Lunatic asylums Punjab 1881-1894 - 1881-1894
Year: 1881
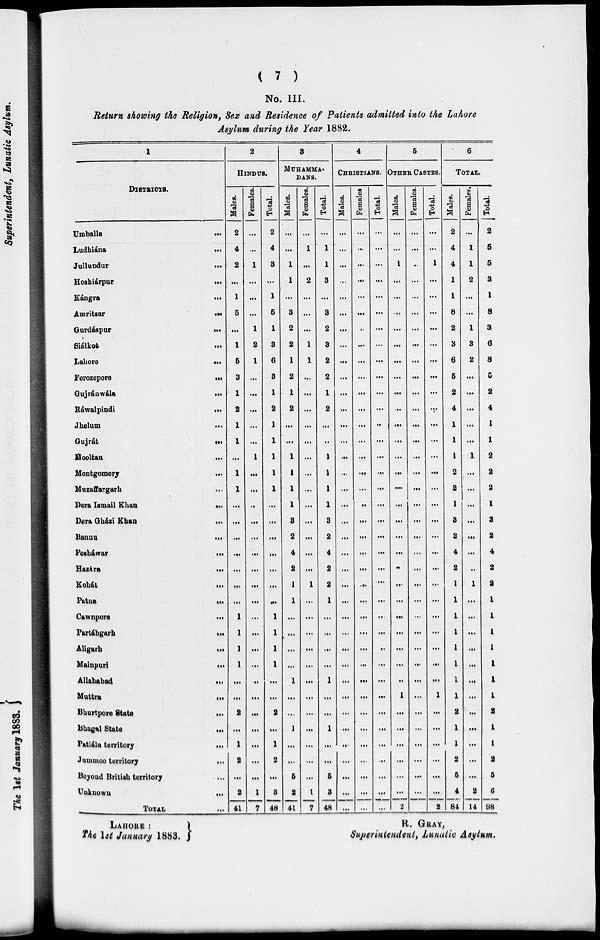
( 7 )
No. III.
Return showing the Religion, Sex and Residence of Patients admitted into the Lahore
Asylum during the Year 1882.
1
DISTRICTS.
Umballa ...
Ludhiána...
Jullundur...
Hoshiárpur...
Kángra...
Amritsar...
Gurdáspur...
Siálkot...
Lahore...
Ferozepore
...
Gujránwala...
Ráwalpindi...
Jhelum ...
Gujrát
...
Mooltan
...
Montgomery...
Muzaffargarh ...
Dera Ismail Khan
...
Dera Gházi Khan
...
Banna
...
Pesháwar...
Hazára
...
Kohát...
Patna
...
Cawnpore
...
Partábgarh...
Aligarh
...
Mainpuri...
Allahabad...
Muttra...
Bhurtpore
State...
Bhagal State ...
Patiála territory ...
Jummoo territory
...
Beyond British territory ...
Unknown ...
_
TOTAL ...
2
HINDUS.
Males.
2
4
2
...
1
5
...
1
6
3
1
2
1
1
...
1
1
...
...
...
...
...
...
...
1
1
1
1
...
...
2
...
1
2
...
2
41
Females.
...
...
1
...
...
...
1
2
1
...
...
...
...
...
1
...
...
..
...
...
...
...
...
...
...
...
...
...
...
...
...
...
...
...
...
1
7
Total.
2
4
3
...
1
5
1
8
6
3
1
2
1
1
1
1
1
...
...
...
...
...
...
...
1
1
1
1
...
...
2
...
1
2
...
3
48
3
MUHAMMA-
DANS.
Males.
...
...
1
1
...
8
2
2
1
2
1
2
...
...
1
1
1
1
8
2
4
2
1
1
...
...
...
...
1
...
...
1
...
...
5
2
41
Females.
...
1
...
2
...
...
...
1
1
...
...
...
...
...
...
...
...
...
...
...
...
...
1
...
...
...
...
...
...
...
...
...
...
...
...
1
7
Total.
...
1
1
3
...
8
2
3
2
2
1
2
...
...
1
1
1
1
8
2
4
2
2
1
...
...
...
...
1
...
...
1
...
...
5
3
48
4
CHRISTIANS.
Males.
...
...
...
...
...
...
...
...
...
...
...
...
...
...
...
...
...
...
...
...
...
...
...
...
...
...
...
...
...
...
...
...
...
...
...
...
...
Females
...
...
...
...
...
...
...
...
...
...
...
...
...
...
...
...
...
...
...
...
...
...
...
...
...
...
...
...
...
...
...
...
...
...
...
...
...
Total.
...
...
...
...
...
...
...
...
...
...
...
...
...
...
...
...
...
...
...
...
...
...
...
...
...
...
..
...
...
...
...
...
...
...
...
...
...
5
OTHER CASTES.
Males.
...
...
1
...
...
...
...
...
...
...
...
...
...
...
...
...
...
...
...
...
...
...
...
...
...
...
...
...
..
1
...
...
...
...
...
...
2
Females.
...
...
..
...
...
...
...
...
...
...
...
...
...
...
...
...
...
...
...
...
...
...
...
...
...
...
...
...
...
...
...
...
...
...
...
...
Total.
...
...
1
...
...
...
...
...
...
...
...
...
...
...
...
...
...
...
...
...
...
...
...
...
...
...
...
...
...
1
...
...
...
...
...
...
2
6
TOTAL
Males.
2
4
4
1
1
8
2
3
6
5
2
4
1
1
1
2
2
1
3
2
4
2
1
1
1
1
1
1
1
1
2
1
1
2
5
4
84
Females.
...
1
1
2
...
...
1
3
2
...
...
...
...
...
1
...
...
...
...
...
...
..
1
...
...
...
...
...
...
...
...
...
...
...
...
2
14
Total.
2
5
5
3
1
8
3
6
8
5
2
4
1
1
2
2
2
1
3
2
4
2
2
1
1
1
1
1
1
1
2
1
1
2
5
6
98
LAHORE :
The 1st January 1883.
R. GRAY,
Superintendent, Lunatic Asylum.